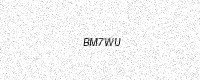
Text: BM7WU